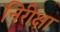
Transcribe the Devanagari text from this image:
निरीक्षा